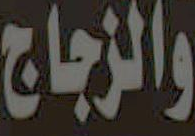
والزجاج